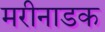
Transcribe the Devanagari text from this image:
मरीनाडक